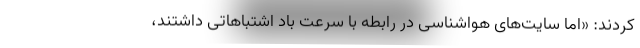
کردند: «اما سایت‌های هواشناسی در رابطه با سرعت باد اشتباهاتی داشتند،